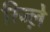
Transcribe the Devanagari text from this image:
रिज्ल़े